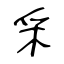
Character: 采